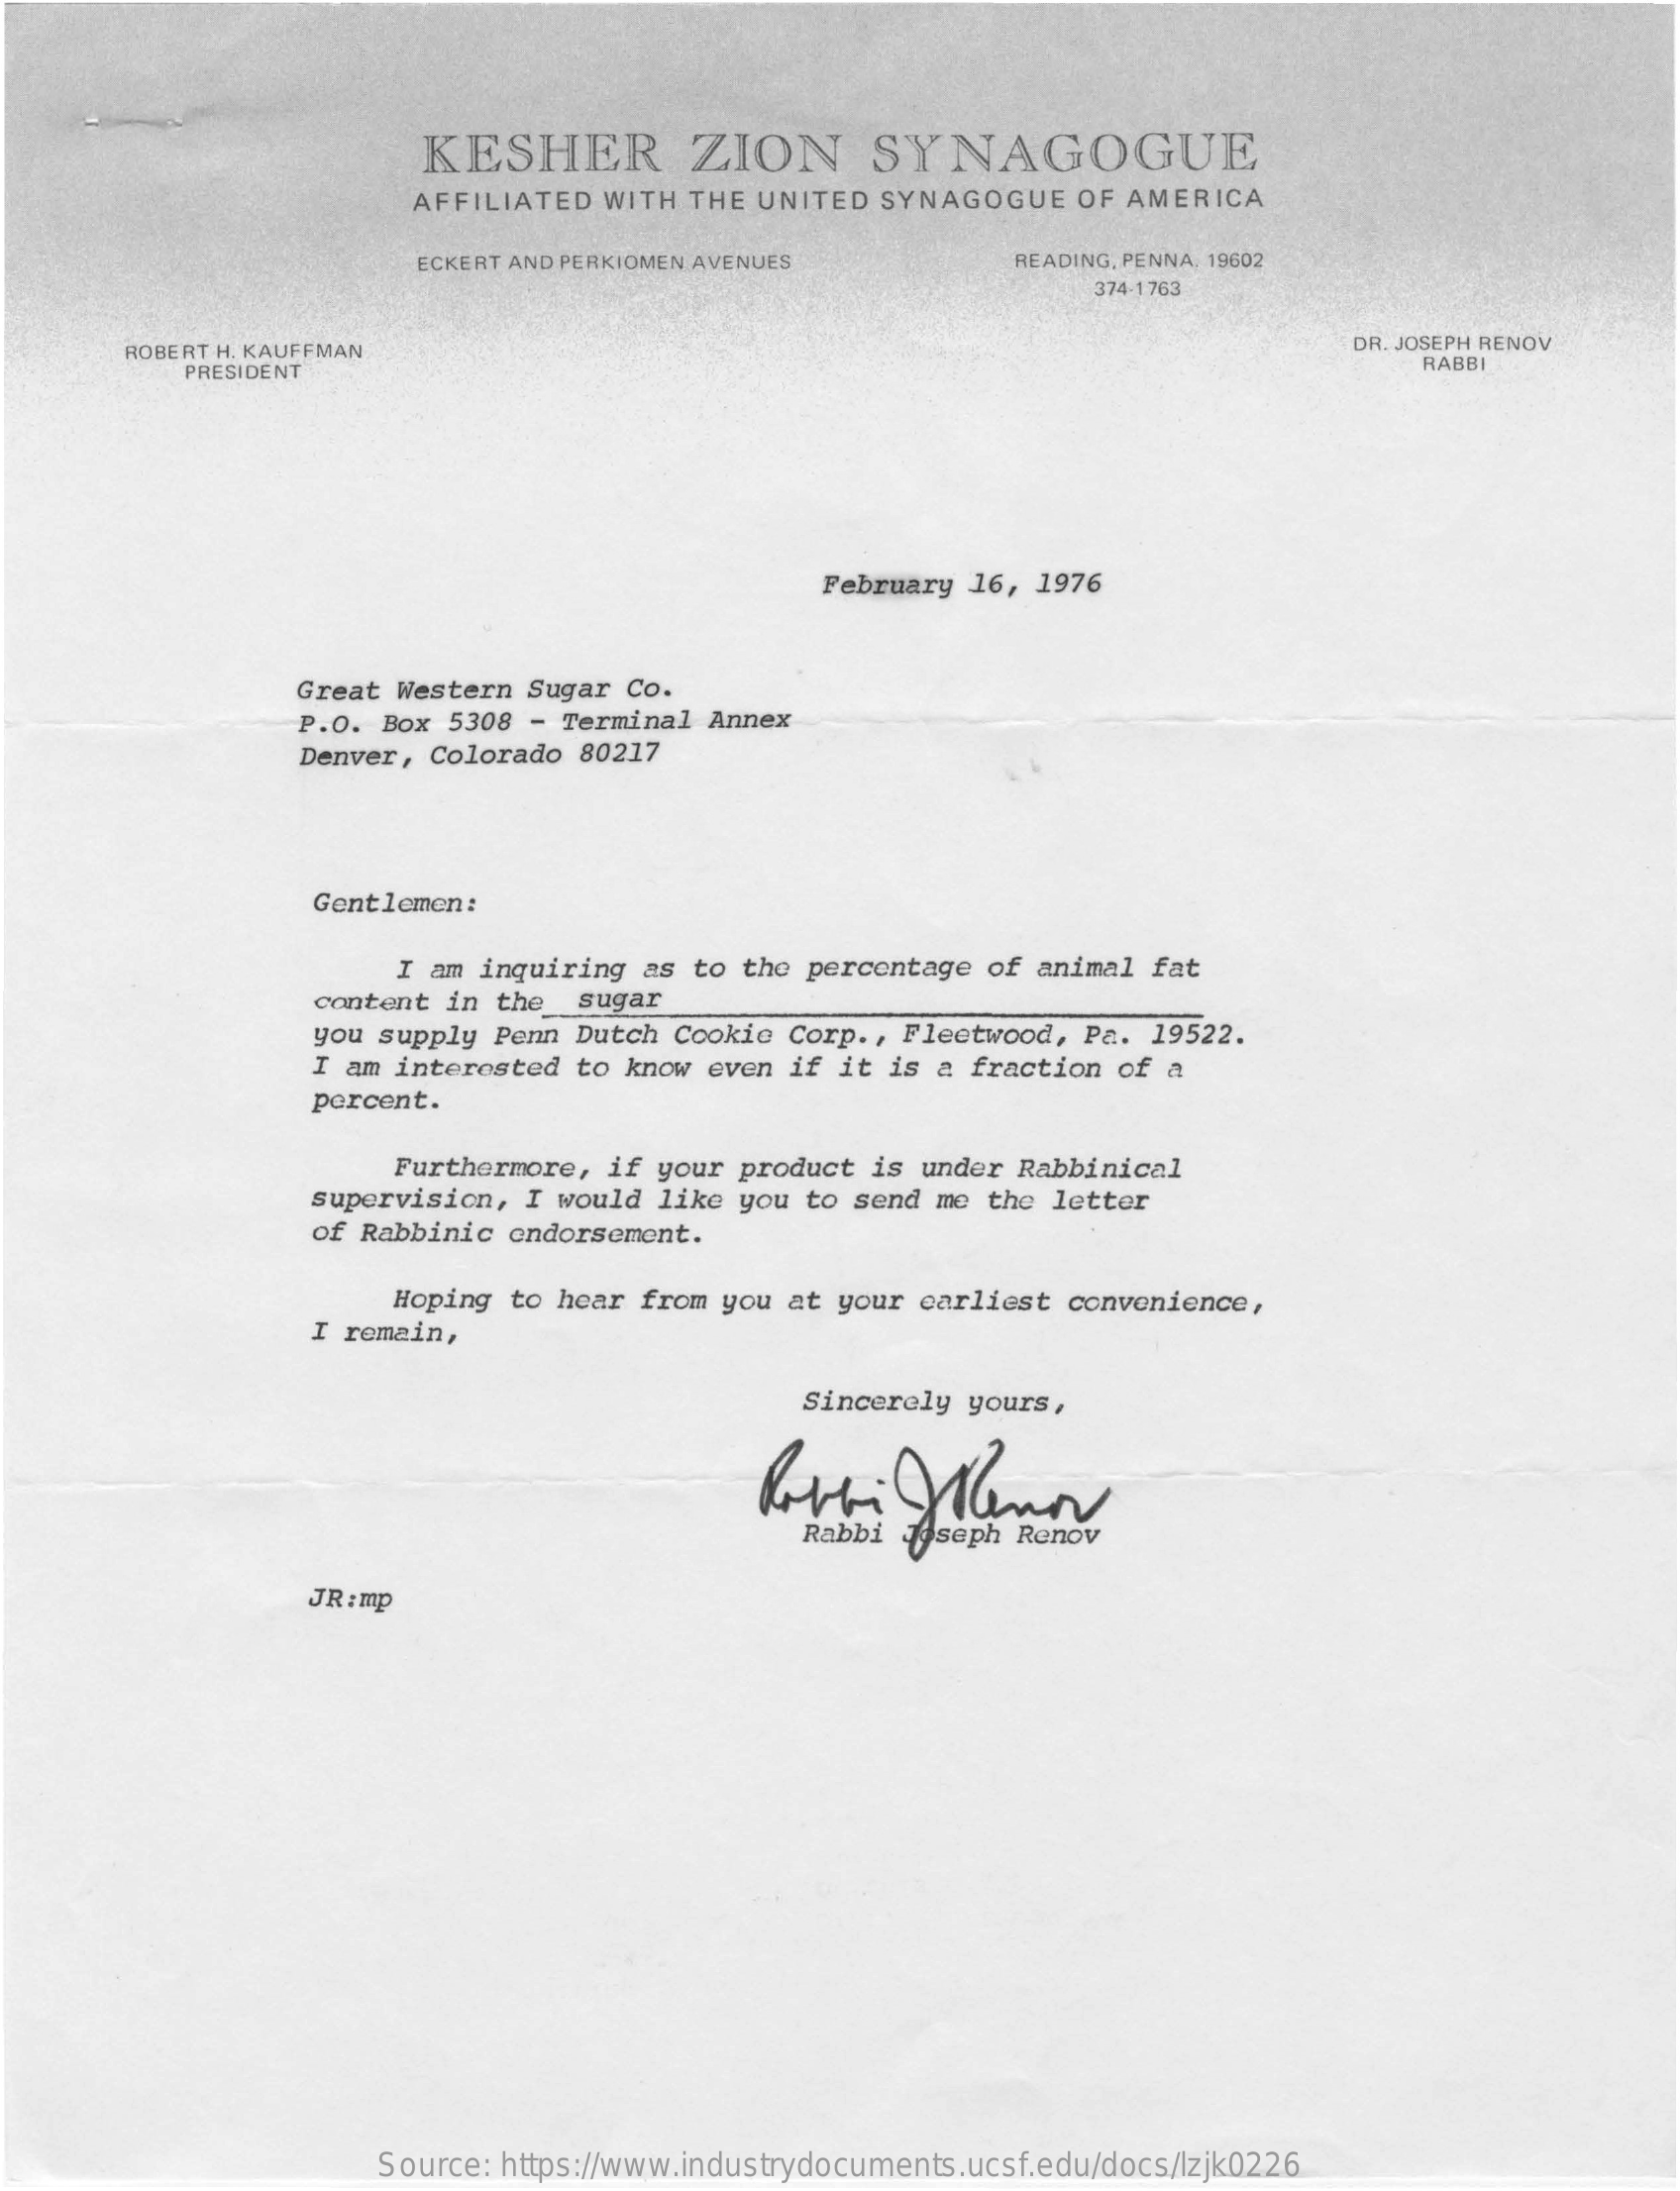
KESHER    ZION    SYNAGOGUE
     AFFILIATED  WITH THE  UNITED SYNAGOGUE    OF AMERICA
     ECKERT AND PERKIOMEN AVENUES    READING, PENNA. 19602
     374-1763
     ROBERT H. KAUFFMAN    DR. JOSEPH RENOV
     PRESIDENT    RABBI
     February 16,  1976
     Great Western  Sugar Co.
     P.O. Box  5308 - Terminal Annex
     Denver,  Colorado 80217
     Gentlemen:
     I am inquiring as  to the percentage of  animal fat
     content  in the  sugar
     you supply  Penn Dutch Cookie  Corp ., Fleetwood, Pa. 19522.
     I am interested to know even  if it is a fraction  of a
     percent.
     Furthermore, if your product  is under Rabbinical
     supervision,  I would like you  to send me the  letter
     of Rabbinic  endorsement.
     Hoping to hear from you  at your earliest convenience,
     I remain,
     Sincerely yours,
     JR :mp
     Source: https://www.industrydocuments.ucsf.edu/docs/lzjk0226